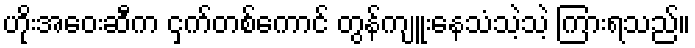
ဟိုးအဝေးဆီက ငှက်တစ်ကောင် တွန်ကျူးနေသံသဲ့သဲ့ ကြားရသည်။